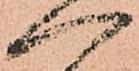
へ